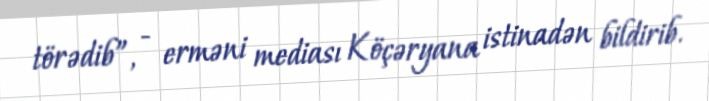
törədib”, - erməni mediası Köçəryana istinadən bildirib.